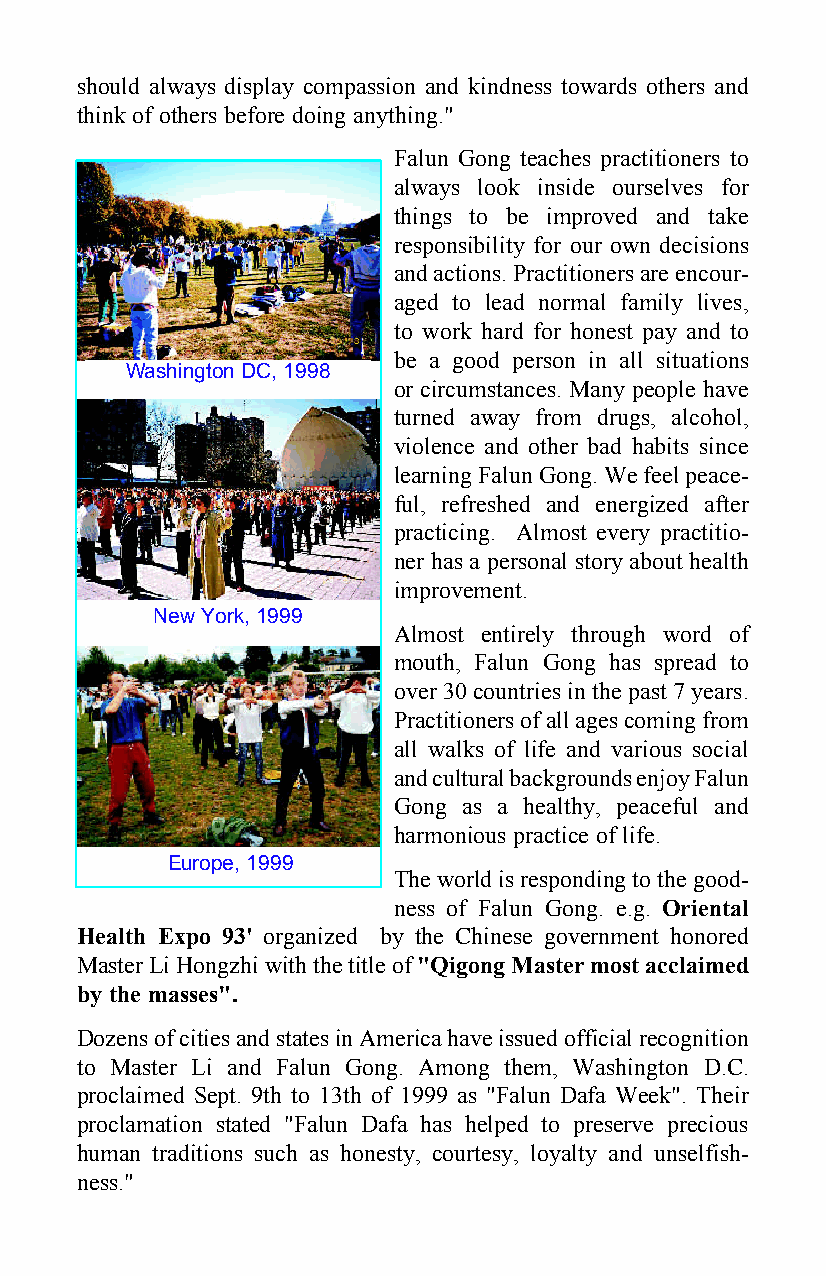
should always display compassion and kindness towards others and
 think of others before doing anything."
 Falun Gong teaches practitioners to
 always look inside ourselves for
 things to be improved and take
 responsibility for our own decisions
 and actions. Practitioners are encour-
 aged to lead normal family lives,
 to work hard for honest pay and to
 be a good person in all situations
 Washington DC, 1998
 or circumstances. Many people have
 turned away from drugs, alcohol,
 violence and other bad habits since
 learning Falun Gong. We feel peace-
 ful, refreshed and energized after
 practicing. Almost every practitio-
 ner has a personal story about health
 improvement.
 New York, 1999
 Almost entirely through word of
 mouth, Falun Gong has spread to
 over 30 countries in the past 7 years.
 Practitioners of all ages coming from
 all walks of life and various social
 and cultural backgrounds enjoy Falun
 Gong as a healthy, peaceful and
 harmonious practice of life.
 Europe, 1999
 The world is responding to the good-
 ness of Falun Gong. e.g. Oriental
 Health Expo 93' organized by the Chinese government honored
 Master Li Hongzhi with the title of "Qigong Master most acclaimed
 by the masses".
 Dozens of cities and states in America have issued official recognition
 to Master Li and Falun Gong. Among them, Washington D.C.
 proclaimed Sept. 9th to 13th of 1999 as "Falun Dafa Week". Their
 proclamation stated "Falun Dafa has helped to preserve precious
 human traditions such as honesty, courtesy, loyalty and unselfish-
 ness."